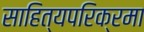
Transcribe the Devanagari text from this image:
साहित्यपरिक्रमा